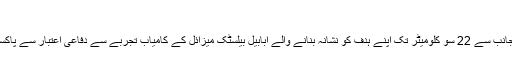
(09.02.2017)
دفاعی تجزیہ کاروں کی رائے میں پاکستان کی افواج کی جانب سے 22 سو کلومیٹر تک اپنے ہدف کو نشانہ بنانے والے ابابیل بیلسٹک میزائل کے کامیاب تجربے سے دفاعی اعتبار سے پاکستان کی ٹیکنالوجی اور ڈیٹرنس کی صلاحیت بڑھ گئی ہے۔